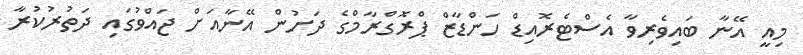
މިއީ އޭނާ ބައިވެރިވާ އެސްޓެރޮއިޑް ހަންޑާޒް ޕްރޮގްރާމްގެ ދަށުން އޭނާއަށް ޖައްވުގައި ދަތުރުކުރާ